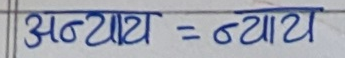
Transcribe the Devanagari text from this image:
अन्याय=न्याय